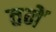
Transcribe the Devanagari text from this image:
तनें